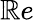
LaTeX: \mathbb{R}e